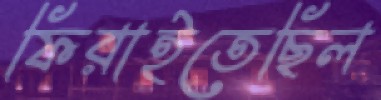
ফিরাইতেছিল